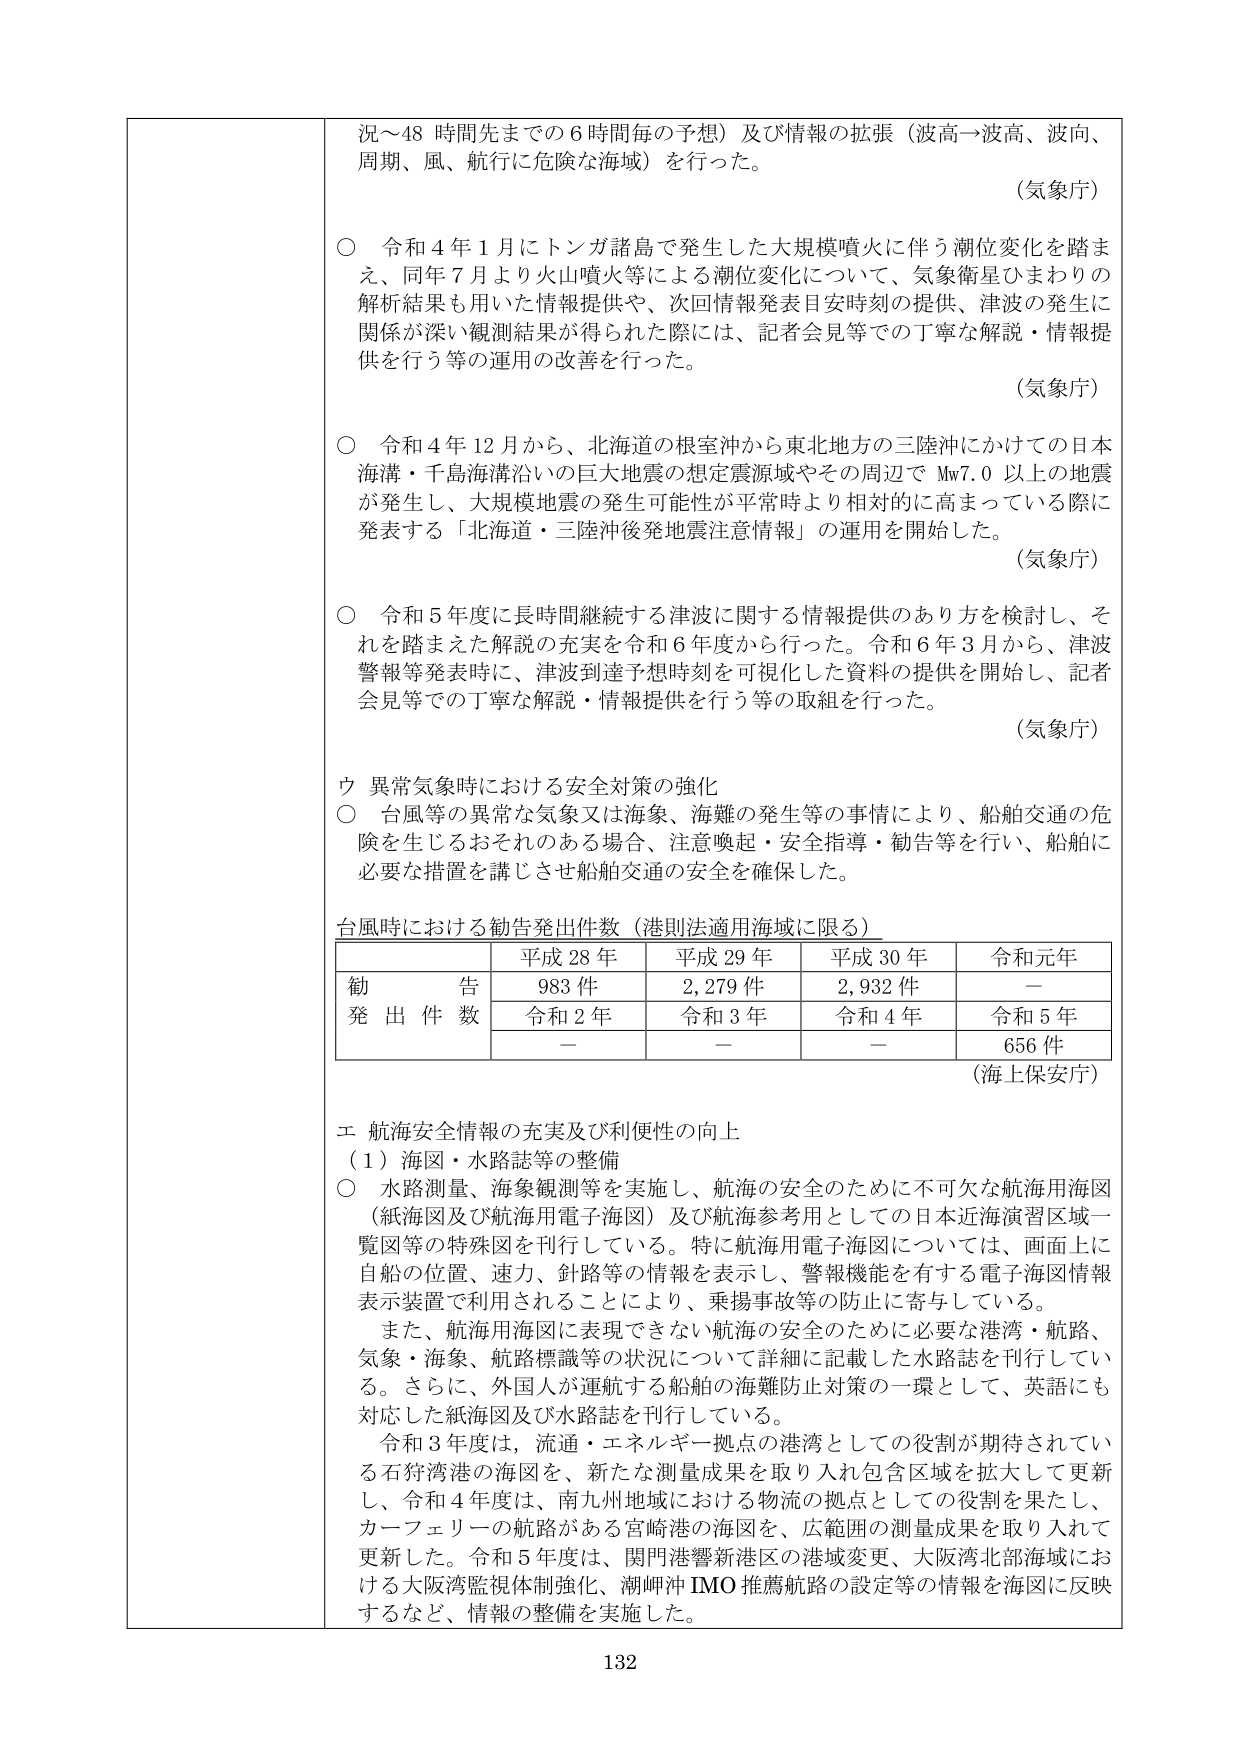
況～48 時間先までの 6 時間毎の予想）及び情報の拡張（波高→波高、波向、
周期、風、航行に危険な海域）を行った。
（気象庁）
○ 令和 4 年 1 月にトンガ諸島で発生した大規模噴火に伴う潮位変化を踏ま
え、同年 7 月より火山噴火等による潮位変化について、気象衛星ひまわりの
解析結果も用いた情報提供や、次回情報発表目安時刻の提供、津波の発生に
関係が深い観測結果が得られた際には、記者会見等での丁寧な解説・情報提
供を行う等の運用の改善を行った。
（気象庁）
○ 令和 4 年 12 月から、北海道の根室沖から東北地方の三陸沖にかけての日本
海溝・千島海溝沿いの巨大地震の想定震源域やその周辺で Mw7.0 以上の地震
が発生し、大規模地震の発生可能性が平常時より相対的に高まっている際に
発表する「北海道・三陸沖後発地震注意情報」の運用を開始した。
（気象庁）
○ 令和 5 年度に長時間継続する津波に関する情報提供のあり方を検討し、そ
れを踏まえた解説の充実を令和 6 年度から行った。令和 6 年 3 月から、津波
警報等発表時に、津波到達予想時刻を可視化した資料の提供を開始し、記者
会見等での丁寧な解説・情報提供を行う等の取組を行った。
（気象庁）
ウ 異常気象時における安全対策の強化
○ 台風等の異常な気象又は海象、海難の発生等の事情により、船舶交通の危
険を生じるおそれのある場合、注意喚起・安全指導・勧告等を行い、船舶に
必要な措置を講じさせ船舶交通の安全を確保した。
台風時における勧告発出件数（港則法適用海域に限る）
平成 28 年 平成 29 年 平成 30 年 令和元年
勧 告 983 件 2,279 件 2,932 件 —
発 出 件 数 令和 2 年 令和 3 年 令和 4 年 令和 5 年
— — — 656 件
（海上保安庁）
エ 航海安全情報の充実及び利便性の向上
（1）海図・水路誌等の整備
○ 水路測量、海象観測等を実施し、航海の安全のために不可欠な航海用海図
（紙海図及び航海用電子海図）及び航海参考用としての日本近海演習区域一
覧図等の特殊図を刊行している。特に航海用電子海図については、画面上に
自船の位置、速力、針路等の情報を表示し、警報機能を有する電子海図情報
表示装置で利用されることにより、乗揚事故等の防止に寄与している。
また、航海用海図に表現できない航海の安全のために必要な港湾・航路、
気象・海象、航路標識等の状況について詳細に記載した水路誌を刊行してい
る。さらに、外国人が運航する船舶の海難防止対策の一環として、英語にも
対応した紙海図及び水路誌を刊行している。
令和 3 年度は、流通・エネルギー拠点の港湾としての役割が期待されてい
る石狩湾港の海図を、新たな測量成果を取り入れ包含区域を拡大して更新
し、令和 4 年度は、南九州地域における物流の拠点としての役割を果たし、
カーフェリーの航路がある宮崎港の海図を、広範囲の測量成果を取り入れて
更新した。令和 5 年度は、関門港響新港区の港域変更、大阪湾北部海域にお
ける大阪湾監視体制強化、潮岬沖 IMO 推薦航路の設定等の情報を海図に反映
するなど、情報の整備を実施した。
132